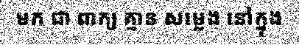
មក ជា ពាក្យ គ្មាន សម្លេង នៅក្នុង